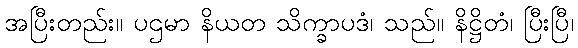
အပြီးတည်း။ ပဌမာ နိယတ သိက္ခာပဒံ၊ သည်။ နိဋ္ဌိတံ၊ ပြီးပြီ၊